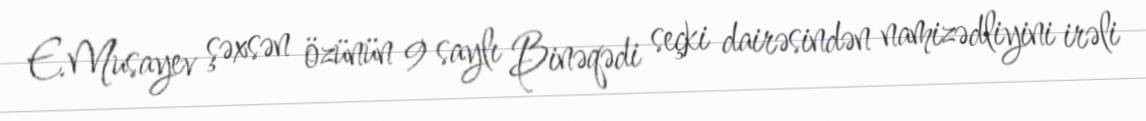
E.Musayev şəxsən özünün 9 saylı Binəqədi seçki dairəsindən namizədliyini irəli